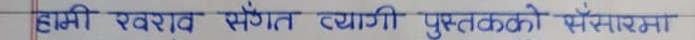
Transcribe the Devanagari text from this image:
हामी खराब संगत त्यागी पुस्तकको संसारमा